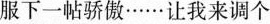
服下一帖骄傲……让我来调个